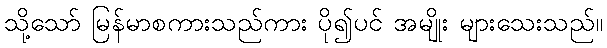
သို့သော် မြန်မာစကားသည်ကား ပို၍ပင် အမျိုး များသေးသည်။